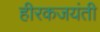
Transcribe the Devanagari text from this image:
हीरकजयंती